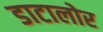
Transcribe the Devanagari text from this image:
डाटालोर